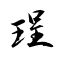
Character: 珵